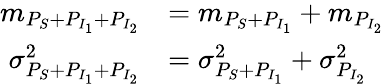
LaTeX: \begin{array}{rl}{m_{P_{S}+P_{I_{1}}+P_{I_{2}}}}&{=m_{P_{S}+P_{I_{1}}}+m_{P_{I_{2}}}}\\ {\sigma_{P_{S}+P_{I_{1}}+P_{I_{2}}}^{2}}&{=\sigma_{P_{S}+P_{I_{1}}}^{2}+\sigma_{P_{I_{2}}}^{2}}\end{array}